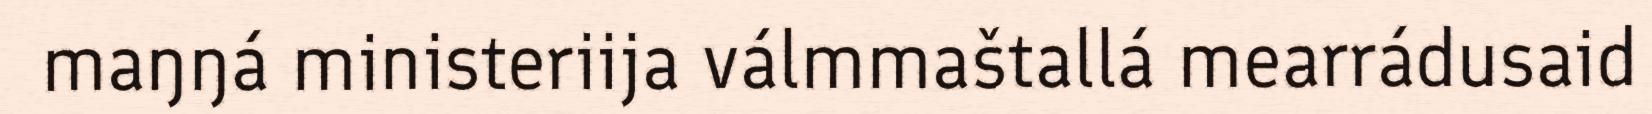
maŋŋá ministeriija válmmaštallá mearrádusaid